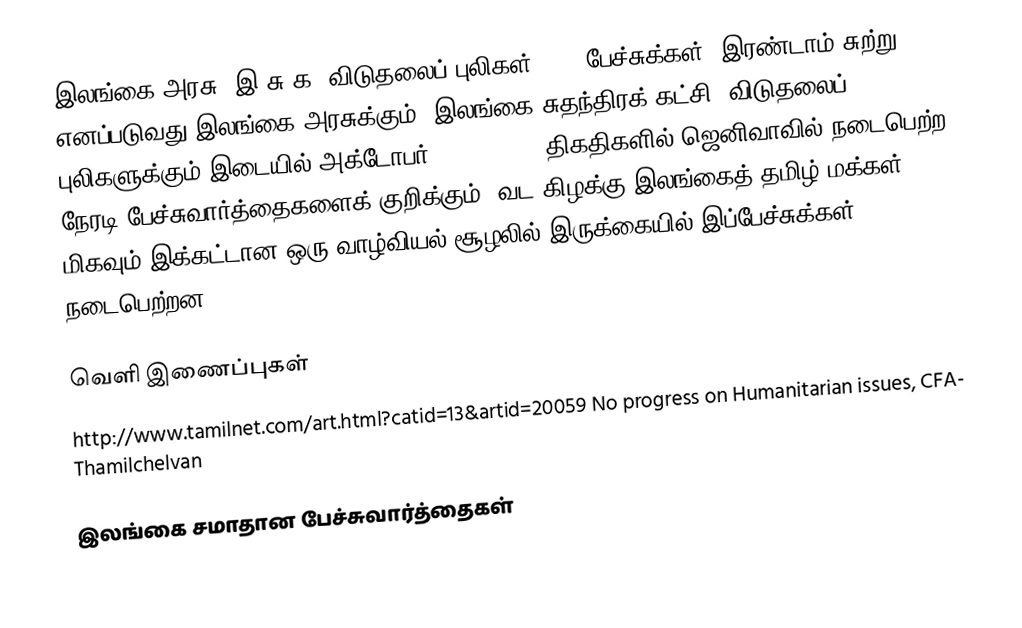
இலங்கை அரசு (இ.சு.க) விடுதலைப் புலிகள் 2006 பேச்சுக்கள், இரண்டாம் சுற்று எனப்படுவது இலங்கை அரசுக்கும் (இலங்கை சுதந்திரக் கட்சி) விடுதலைப் புலிகளுக்கும் இடையில் அக்டோபர் 28-29, 2006 திகதிகளில் ஜெனிவாவில் நடைபெற்ற நேரடி பேச்சுவார்த்தைகளைக் குறிக்கும். வட கிழக்கு இலங்கைத் தமிழ் மக்கள் மிகவும் இக்கட்டான ஒரு வாழ்வியல் சூழலில் இருக்கையில் இப்பேச்சுக்கள் நடைபெற்றன.

வெளி இணைப்புகள்
 http://www.tamilnet.com/art.html?catid=13&artid=20059 No progress on Humanitarian issues, CFA- Thamilchelvan

இலங்கை சமாதான பேச்சுவார்த்தைகள்